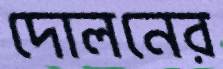
দোলনের